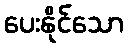
ပေးနိုင်သော